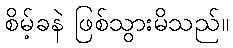
စိမ့်ခနဲ ဖြစ်သွားမိသည်။